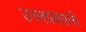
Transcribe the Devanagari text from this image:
उचलावयाचे